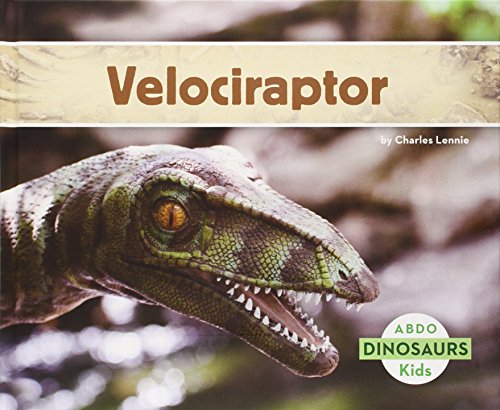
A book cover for Velociraptor (Abdo Kids: Dinosaurs); Charles Lennie; Children's Books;